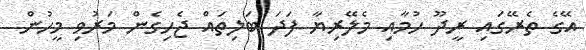
އޭގެ ތެރޭގައި ރީދޫ ހުމާއި މެލޭރިޔާ ފަދަ ބަލިތައް ޖެހިގެން މަރުވި މީހުން